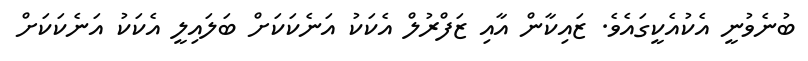
ބުނެވުނީ އެކުއެކީގައެވެ. ޒައިކާން އާއި ޒަފްރުލް އެކަކު އަނެކަކަށް ބަލައިލީ އެކަކު އަނެކަކަށް